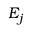
E _ { j }